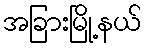
အခြားမြို့နယ်